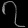
Digit: ၇